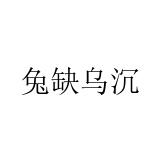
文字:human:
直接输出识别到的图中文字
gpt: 兔缺乌沉